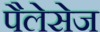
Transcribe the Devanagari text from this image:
पैलेसेज